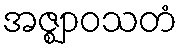
အဇ္ဈာဝသတံ